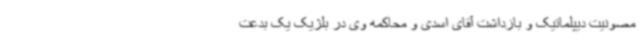
مصونیت دیپلماتیک و بازداشت آقای اسدی و محاکمه وی در بلژیک یک بدعت